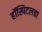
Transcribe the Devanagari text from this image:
हॉस्पिटलचा